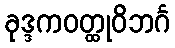
ခုဒ္ဒကဝတ္ထုဝိဘင်္ဂ